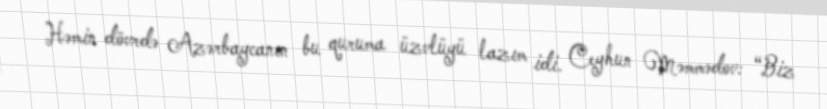
Həmin dövrdə Azərbaycanın bu quruma üzvlüyü lazım idi. Ceyhun Məmmədov: “Biz